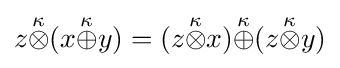
z{\stackrel {\kappa }{\otimes }}(x{\stackrel {\kappa }{\oplus }}y)=(z{\stackrel {\kappa }{\otimes }}x){\stackrel {\kappa }{\oplus }}(z{\stackrel {\kappa }{\otimes }}y)